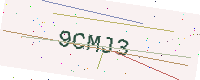
Text: 9CMJ3